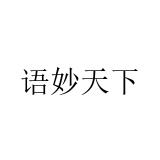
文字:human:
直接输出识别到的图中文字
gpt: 语妙天下